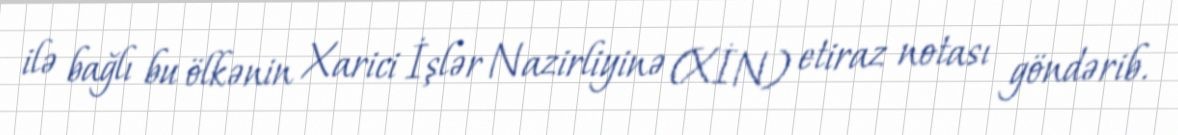
ilə bağlı bu ölkənin Xarici İşlər Nazirliyinə (XİN) etiraz notası göndərib.